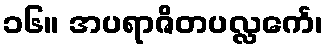
၁၆။ အပရာဇိတပလ္လင်္ကေ၊